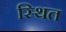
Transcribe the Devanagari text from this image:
स्थित